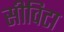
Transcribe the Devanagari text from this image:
सीविटा